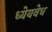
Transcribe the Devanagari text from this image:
ध्येयवेध